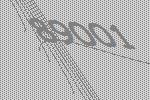
89001